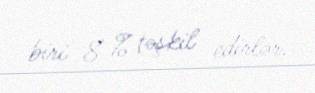
biri 8 % təşkil edirlər.